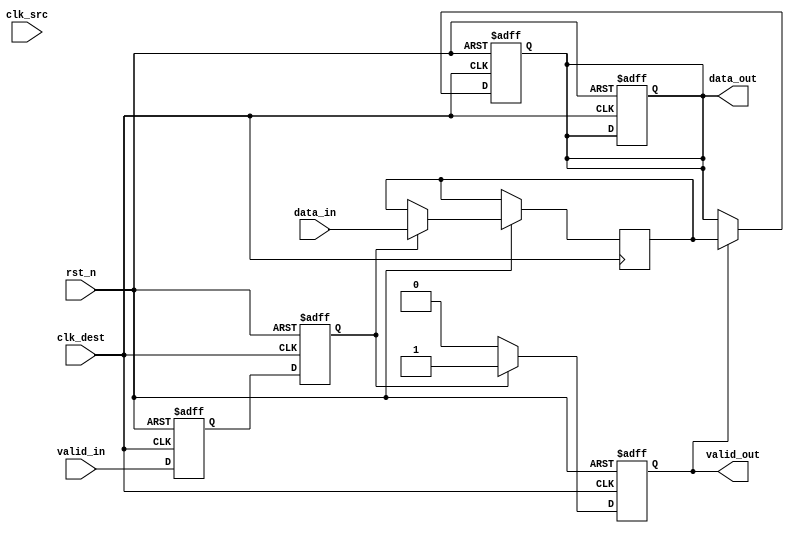
module MemoryBlocksHandshakeSynchronizer #(
    parameter DATA_WIDTH = 8 // Width of the data bus
)(
    input wire [DATA_WIDTH-1:0] data_in,    // Data input from source clock domain
    input wire valid_in,                     // Valid signal for data_in
    input wire clk_src,                      // Clock signal for source domain
    input wire clk_dest,                     // Clock signal for destination domain
    input wire rst_n,                        // Active low reset signal
    output reg [DATA_WIDTH-1:0] data_out,   // Synchronized data output for destination domain
    output reg valid_out                     // Valid signal for data_out
);

    // Internal signals for synchronization
    reg valid_in_sync_1, valid_in_sync_2;
    reg [DATA_WIDTH-1:0] data_out_temp;

    // Synchronize valid_in signal using dual flip-flop synchronizer
    always @(posedge clk_dest or negedge rst_n) begin
        if (!rst_n) begin
            valid_in_sync_1 <= 1'b0;
            valid_in_sync_2 <= 1'b0;
        end else begin
            valid_in_sync_1 <= valid_in;
            valid_in_sync_2 <= valid_in_sync_1;
        end
    end

    // Data transfer logic
    always @(posedge clk_dest or negedge rst_n) begin
        if (!rst_n) begin
            data_out <= {DATA_WIDTH{1'b0}};
            valid_out <= 1'b0;
        end else begin
            if (valid_in_sync_2) begin
                data_out_temp <= data_in; // Latch data_in when valid_in is synchronized
                valid_out <= 1'b1;         // Assert valid_out
            end else begin
                valid_out <= 1'b0;         // Deassert valid_out when valid_in is not valid
            end
        end
    end

    // Assign the latched data to data_out
    always @(posedge clk_dest or negedge rst_n) begin
        if (!rst_n) begin
            data_out <= {DATA_WIDTH{1'b0}};
        end else if (valid_out) begin
            data_out <= data_out_temp; // Update data_out with the latched data
        end
    end

endmodule